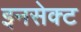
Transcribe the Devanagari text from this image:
इनसेक्ट